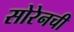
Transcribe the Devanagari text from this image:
सोरेनची